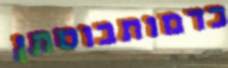
כדמותבוסתן